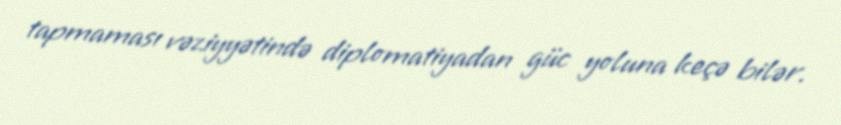
tapmaması vəziyyətində diplomatiyadan güc yoluna keçə bilər.